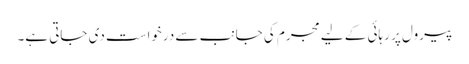
پیرول پر رہائی کے لیے مجرم کی جانب سے درخواست دی جاتی ہے۔